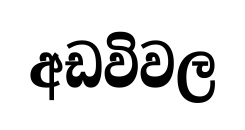
අඩවිවල